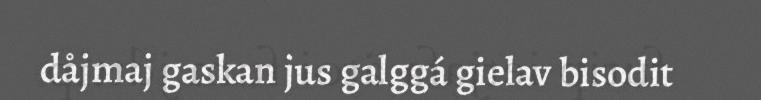
dåjmaj gaskan jus galggá gielav bisodit